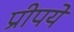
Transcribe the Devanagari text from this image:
प्रीपये